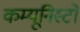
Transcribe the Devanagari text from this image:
कम्यूनिस्टों